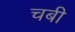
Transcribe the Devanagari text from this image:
चबी